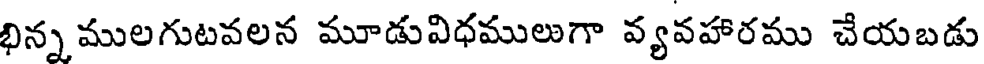
భిన్న ములగుటవలన మూడువిధములుగా వ్యవహారము చేయబడు